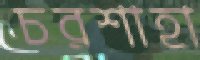
চরশাহা